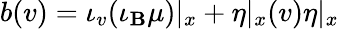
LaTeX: b(v)=\iota_{v}(\iota_{\mathbf{B}}\mu)|_{x}+\eta|_{x}(v)\eta|_{x}